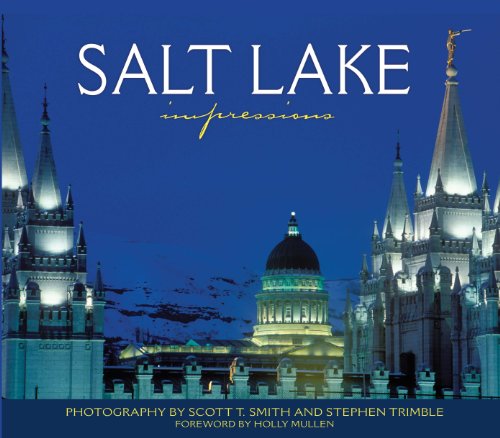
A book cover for Salt Lake Impressions (Impressions (Farcountry Press)); Travel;